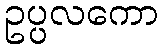
ဥပ္ပလကော